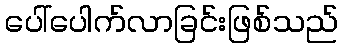
ပေါ်ပေါက်လာခြင်းဖြစ်သည်